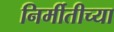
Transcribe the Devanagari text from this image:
निर्मीतीच्या